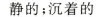
静的；沉着的